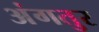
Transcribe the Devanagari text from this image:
अंगतुर